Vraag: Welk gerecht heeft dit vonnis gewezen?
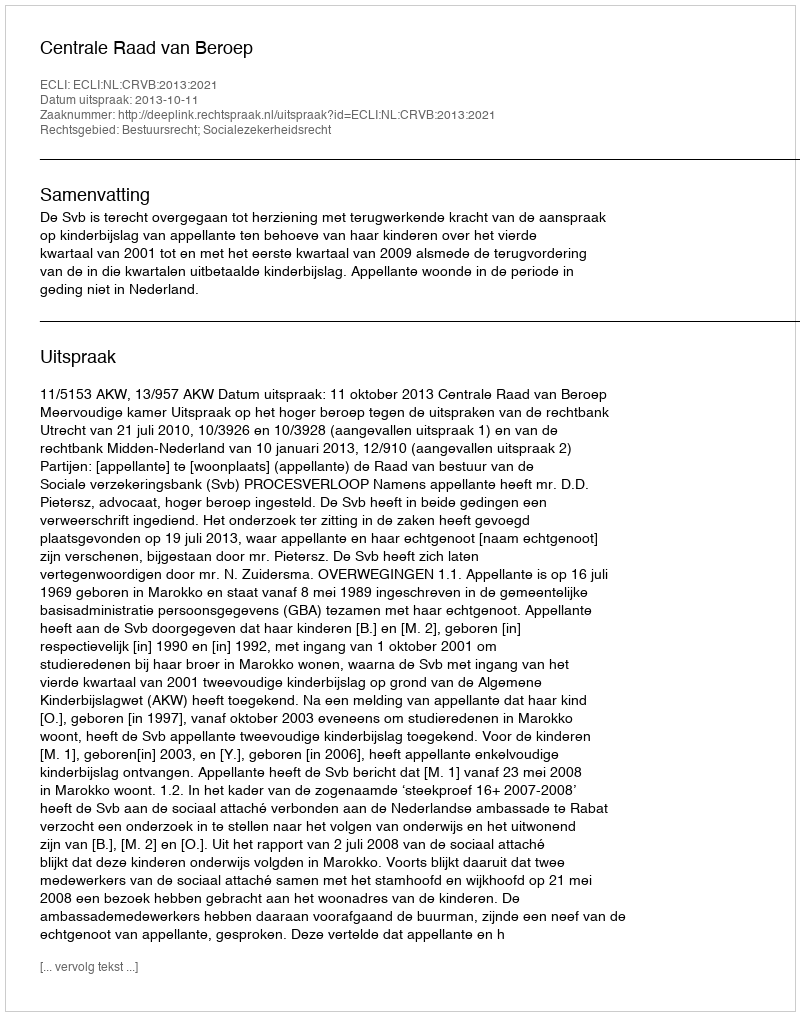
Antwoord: Centrale Raad van Beroep